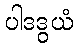
ပါဒဒွယံ